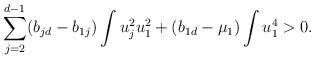
LaTeX: \begin{align*} \sum_{j=2}^{d-1}(b_{jd}-b_{1j})\int u_j^2u_1^2+(b_{1d}-\mu_1)\int u_1^4>0.\end{align*}